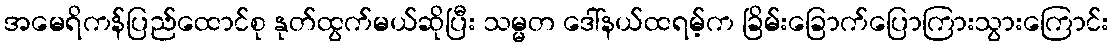
အမေရိကန်ပြည်ထောင်စု နုတ်ထွက်မယ်ဆိုပြီး သမ္မတ ဒေါ်နယ်ထရမ့်က ခြိမ်းခြောက်ပြောကြားသွားကြောင်း